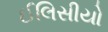
ઈલિસીયો